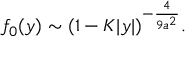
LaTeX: f _ { 0 } ( y ) \sim ( 1 - K | y | ) ^ { - { \frac { 4 } { 9 a ^ { 2 } } } } .